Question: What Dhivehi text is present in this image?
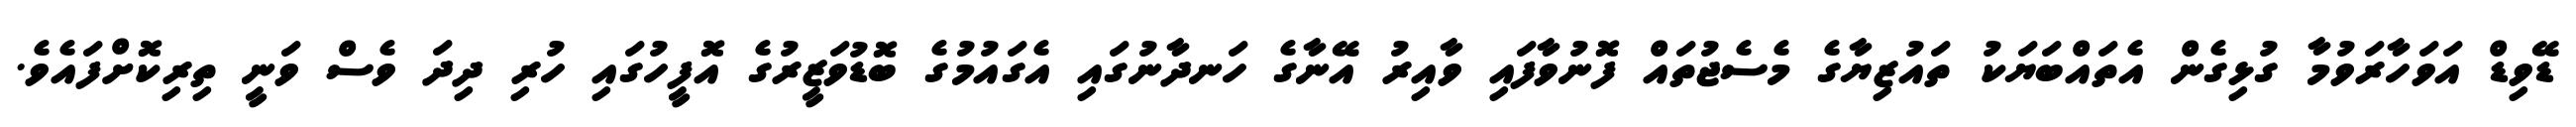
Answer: ޑޭވިޑް އަވަހާރަވުމާ ގުޅިގެން އެތައްބަޔަކު ތައުޒިޔާގެ މެސެޖުތައް ފޮނުވާފައި ވާއިރު އޭނާގެ ހަނދާނުގައި އެގައުމުގެ ބޮޑުވަޒީރުގެ އޮފީހުގައި ހުރި ދިދަ ވެސް ވަނީ ތިރިކޮށްފައެވެ.